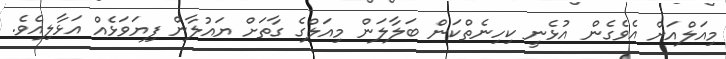
މިއަލްއަށް އެވެގެން އުޅެނީ ކިހިނެތްކަން ބަލާލަން މިއަލްގެ ގާތަށް ޔައުލާން ފިޔަވަޅެއް އަޅާލިއެވެ.